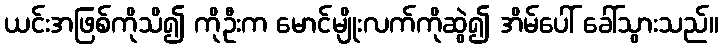
ယင်းအဖြစ်ကိုသိ၍ ကိုဦးက မောင်မျိုးလက်ကိုဆွဲ၍ အိမ်ပေါ် ခေါ်သွားသည်။